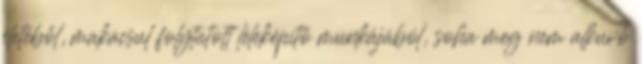
életéből, makacsul folytatott léleképítő munkájából, soha meg nem alkuvó